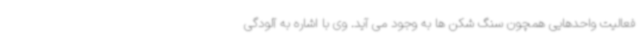
فعالیت واحدهایی همچون سنگ شکن ها به وجود می آید. وی با اشاره به آلودگی